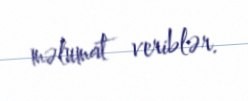
məlumat veriblər.